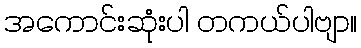
အကောင်းဆုံးပါ တကယ်ပါဗျာ။